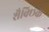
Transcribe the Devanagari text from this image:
शैक्छिक